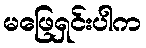
မဖြေရှင်းပါက